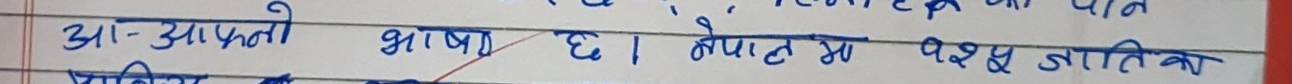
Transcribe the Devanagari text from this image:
आफ्नो भाषा छ। नेपालमा १२३ जातीय